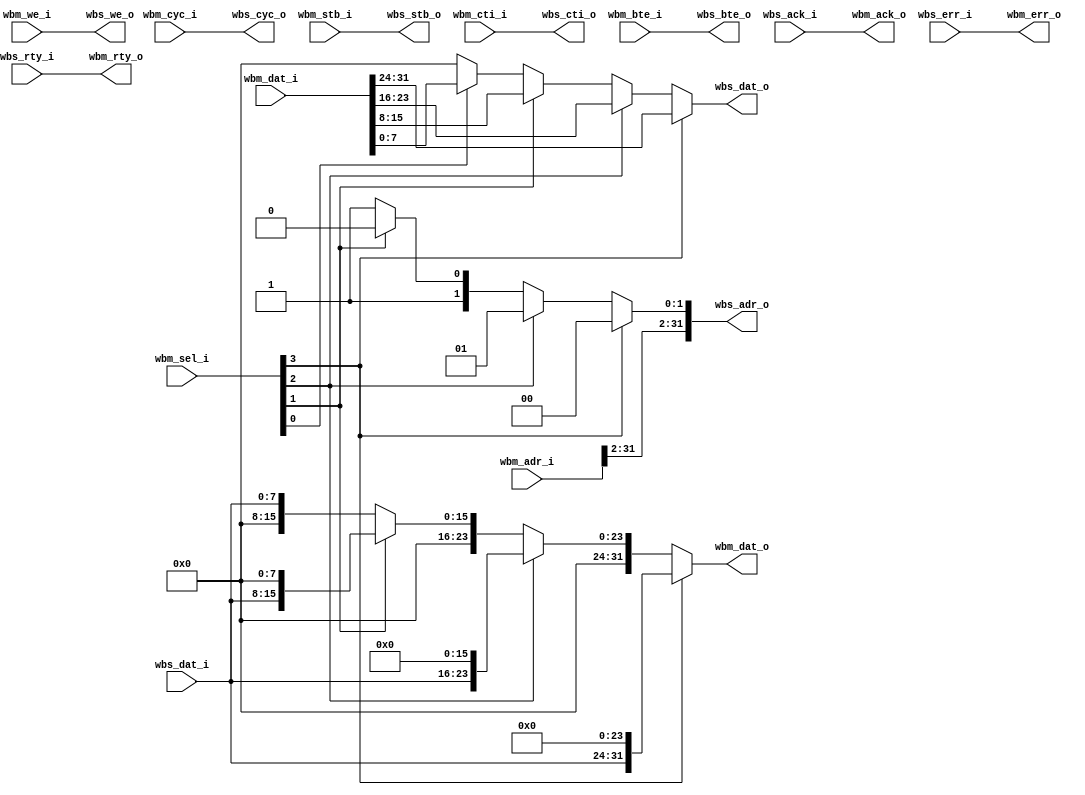
module wb_data_resize
  #(parameter aw  = 32, //Address width
    parameter mdw = 32, //Master Data Width
    parameter sdw = 8) //Slave Data Width
   (//Wishbone Master interface
    input  [aw-1:0]  wbm_adr_i,
    input  [mdw-1:0] wbm_dat_i,
    input  [3:0]     wbm_sel_i,
    input 	     wbm_we_i,
    input 	     wbm_cyc_i,
    input 	     wbm_stb_i,
    input  [2:0]     wbm_cti_i,
    input  [1:0]     wbm_bte_i,
    output [mdw-1:0] wbm_dat_o,
    output 	     wbm_ack_o,
    output 	     wbm_err_o,
    output 	     wbm_rty_o, 
    // Wishbone Slave interface
    output [aw-1:0]  wbs_adr_o,
    output [sdw-1:0] wbs_dat_o,
    output 	     wbs_we_o,
    output 	     wbs_cyc_o,
    output 	     wbs_stb_o,
    output [2:0]     wbs_cti_o,
    output [1:0]     wbs_bte_o,
    input  [sdw-1:0] wbs_dat_i,
    input 	     wbs_ack_i,
    input 	     wbs_err_i,
    input 	     wbs_rty_i);

   assign wbs_adr_o[aw-1:2] = wbm_adr_i[aw-1:2];
   assign wbs_adr_o[1:0] = wbm_sel_i[3] ? 2'd0 :
			   wbm_sel_i[2] ? 2'd1 :
			   wbm_sel_i[1] ? 2'd2 : 2'd3;
   assign wbs_dat_o = wbm_sel_i[3] ? wbm_dat_i[31:24] :
		      wbm_sel_i[2] ? wbm_dat_i[23:16] :
		      wbm_sel_i[1] ? wbm_dat_i[15:8]  :
		      wbm_sel_i[0] ? wbm_dat_i[7:0]   : 8'b0;
   
   assign wbs_we_o  = wbm_we_i;

   assign wbs_cyc_o = wbm_cyc_i;
   assign wbs_stb_o = wbm_stb_i;
   
   assign wbs_cti_o = wbm_cti_i;
   assign wbs_bte_o = wbm_bte_i;
   
   assign wbm_dat_o = (wbm_sel_i[3]) ? {wbs_dat_i, 24'd0} :
		      (wbm_sel_i[2]) ? {8'd0 , wbs_dat_i, 16'd0} :
		      (wbm_sel_i[1]) ? {16'd0, wbs_dat_i, 8'd0} :
	              {24'd0, wbs_dat_i};
   assign wbm_ack_o = wbs_ack_i;
   assign wbm_err_o = wbs_err_i;
   assign wbm_rty_o = wbs_rty_i;
   
endmodule